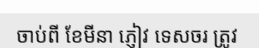
ចាប់ពី ខែមីនា ភ្ញៀវ ទេសចរ ត្រូវ